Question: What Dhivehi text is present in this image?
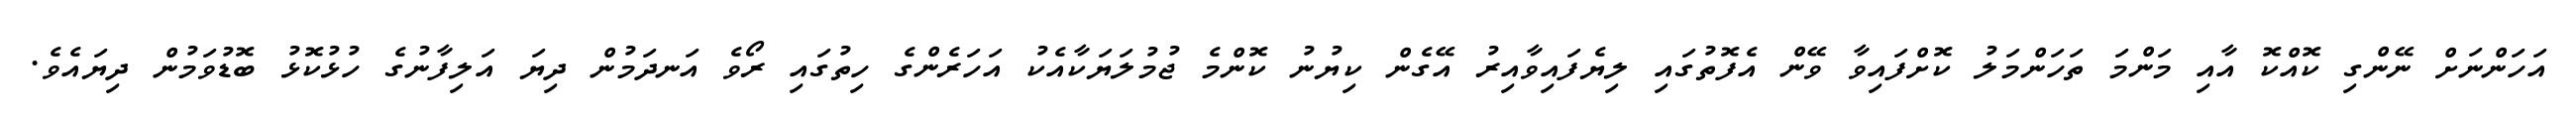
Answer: އަހަންނަށް ނޭންގި ކޮއްކޮ އާއި މަންމަ ތަހަންމަލު ކޮށްފައިވާ ވޭން އެފޮތުގައި ލިޔެފައިވާއިރު އޭގެން ކިޔުނު ކޮންމެ ޖުމުލަޔަކާއެކު އަހަރެންގެ ހިތުގައި ރޯވެ އަނދަމުން ދިޔަ އަލިފާނުގެ ހުޅުކޮޅު ބޮޑުވަމުން ދިޔައެވެ.